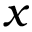
x